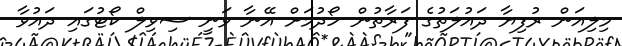
މިލިއަން ރުފިޔާ ދައުލަތުގެ ފަރާތުން ހޯދުމަށް އޭނާ ވަނީ ސިވިލް ކޯޓުގައި ދައުވާ